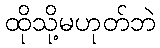
ထိုသို့မဟုတ်ဘဲ